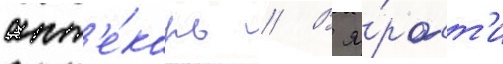
апт'е́карь // В я́рост'и